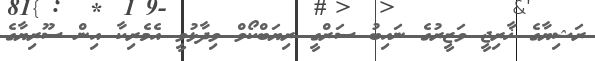
ރަޝިޔާގެ ޚާރިޖީ ވަޒީރުގެ ނައިބު ސަރްގީ ރިޔަބްކޯވް ވިދާޅުވީ އެމެރިކާ އިން ސޫރިޔާގެ